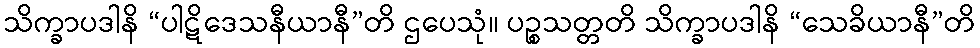
သိက္ခာပဒါနိ “ပါဋိဒေသနီယာနီ”တိ ဌပေသုံ။ ပဉ္စသတ္တတိ သိက္ခာပဒါနိ “သေခိယာနီ”တိ